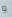
و